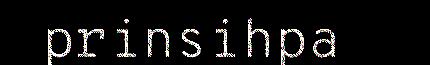
prinsihpa